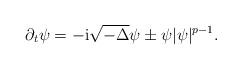
LaTeX: \begin{align*}\partial_t \psi =-\mathrm i \sqrt{- \Delta} \psi \pm \psi |\psi|^{p-1}.\end{align*}